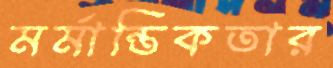
মর্মান্তিকতার